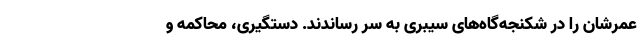
عمرشان را در شکنجه‌گاه‌های سیبری به سر رساندند. دستگیری، محاکمه و